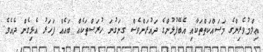
ޢިލްމުވެރިންގެ މަސައްކަތްތަކާއި އެބޭފުޅުންގެ ދައުރަށްވެސް ގިނަގުނަ ހުރަސްތަކެއް ބައެއް ފަހަރު އެޅިގެން ދެއެވެ.